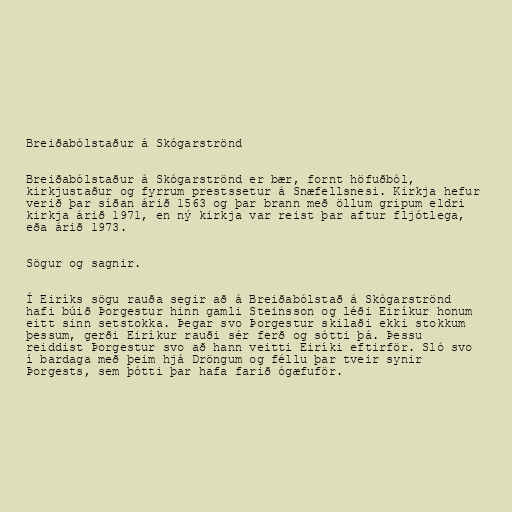
Breiðabólstaður á Skógarströnd

Breiðabólstaður á Skógarströnd er bær, fornt höfuðból,
kirkjustaður og fyrrum prestssetur á Snæfellsnesi. Kirkja hefur
verið þar síðan árið 1563 og þar brann með öllum gripum eldri
kirkja árið 1971, en ný kirkja var reist þar aftur fljótlega,
eða árið 1973.

Sögur og sagnir.

Í Eiríks sögu rauða segir að á Breiðabólstað á Skógarströnd
hafi búið Þorgestur hinn gamli Steinsson og léði Eiríkur honum
eitt sinn setstokka. Þegar svo Þorgestur skilaði ekki stokkum
þessum, gerði Eiríkur rauði sér ferð og sótti þá. Þessu
reiddist Þorgestur svo að hann veitti Eiríki eftirför. Sló svo
í bardaga með þeim hjá Dröngum og féllu þar tveir synir
Þorgests, sem þótti þar hafa farið ógæfuför.